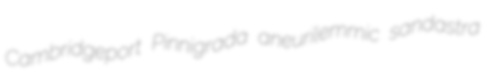
Cambridgeport Pinnigrada aneurilemmic sandastra